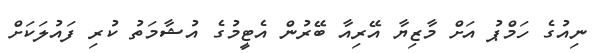
ނިއުގެ ހަމްޕު އަށް މާޒިޔާ އޭރިއާ ބޭރުން އެޓީމުގެ އުޝާމަތު ކުރި ފައުލަކަށް